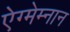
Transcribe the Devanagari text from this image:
ऐग्मेम्नान